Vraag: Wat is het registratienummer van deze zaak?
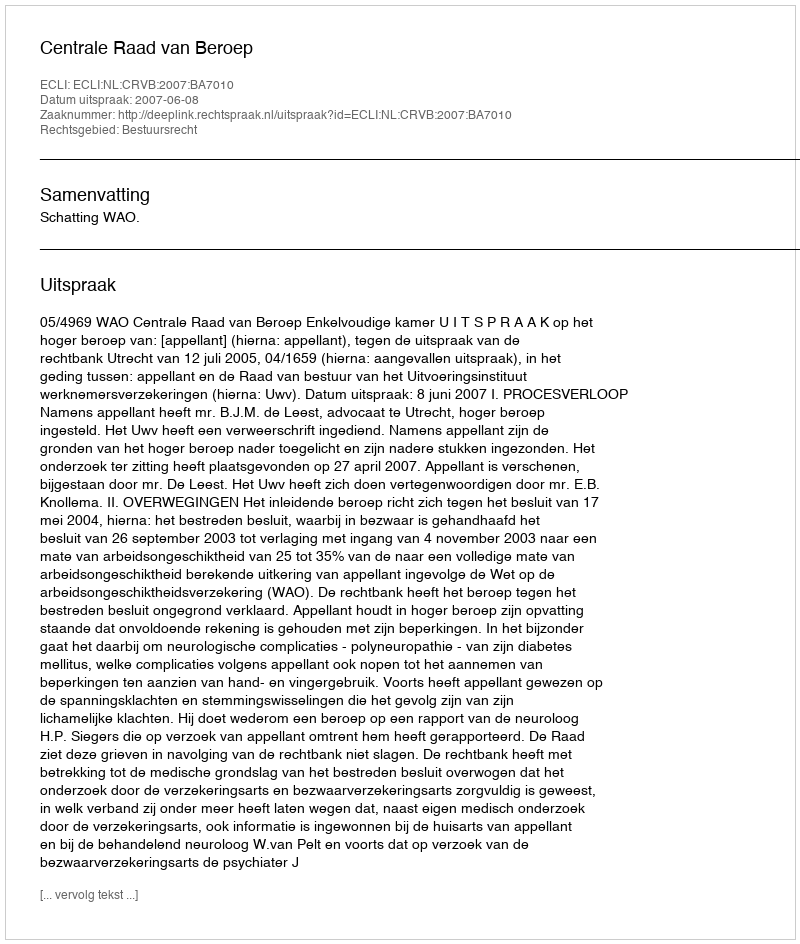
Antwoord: http://deeplink.rechtspraak.nl/uitspraak?id=ECLI:NL:CRVB:2007:BA7010